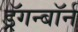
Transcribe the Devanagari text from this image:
ड्रॅगन्बॉर्न